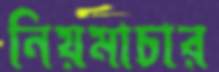
নিয়মাচার